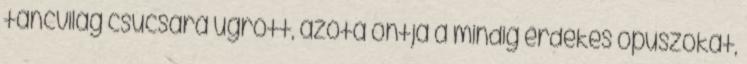
táncvilág csúcsára ugrott, azóta ontja a mindig érdekes opuszokat,